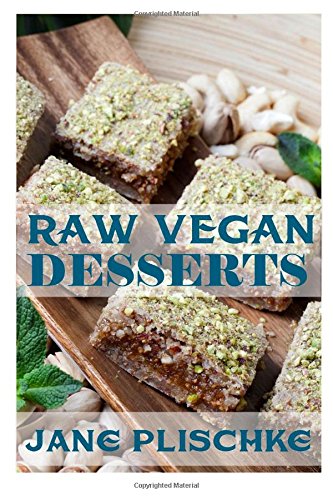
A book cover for Raw Vegan Desserts: Over 40+ Quick & Easy Cooking, Gluten-Free Cooking, Wheat Free Cooking, Whole Foods Diet, Dessert & Sweets Cooking,Wheat-Free Diet, Raw Desserts, Natural Foods, Raw Food Desserts; Jane Plischke; Cookbooks, Food & Wine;